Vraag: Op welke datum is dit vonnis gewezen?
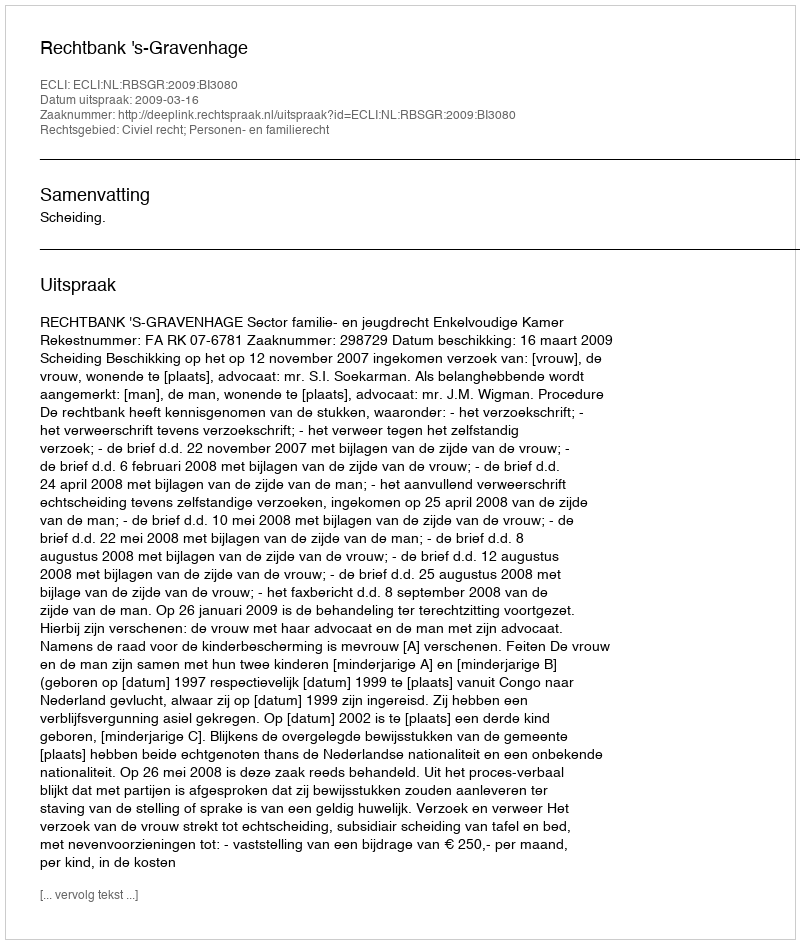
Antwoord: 2009-03-16